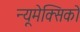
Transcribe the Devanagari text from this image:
न्यूमेक्सिको